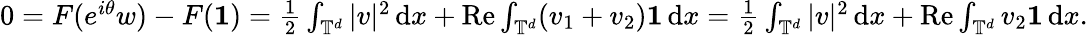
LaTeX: \begin{array}{r}{0=F(e^{i{\theta}}w)-F(\mathbf 1)=\frac 12\int_{\mathbb{T}^{d}}|v|^{2}\, {\mathrm{d}}x+\mathrm{Re}\int_{\mathbb{T}^{d}}(v_{1}+v_{2})\mathbf 1\, {\mathrm{d}}x=\frac 12\int_{\mathbb{T}^{d}}|v|^{2}\, {\mathrm{d}}x+\mathrm{Re}\int_{\mathbb{T}^{d}}v_{2}\mathbf 1\, {\mathrm{d}}x.}\end{array}